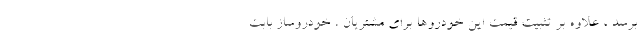
برسد ، علاوه بر تثبیت قیمت این خودروها برای مشتریان ، خودروساز بابت